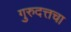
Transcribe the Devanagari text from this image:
गुरुदत्तचा